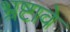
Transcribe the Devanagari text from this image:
भ्रष्टावे